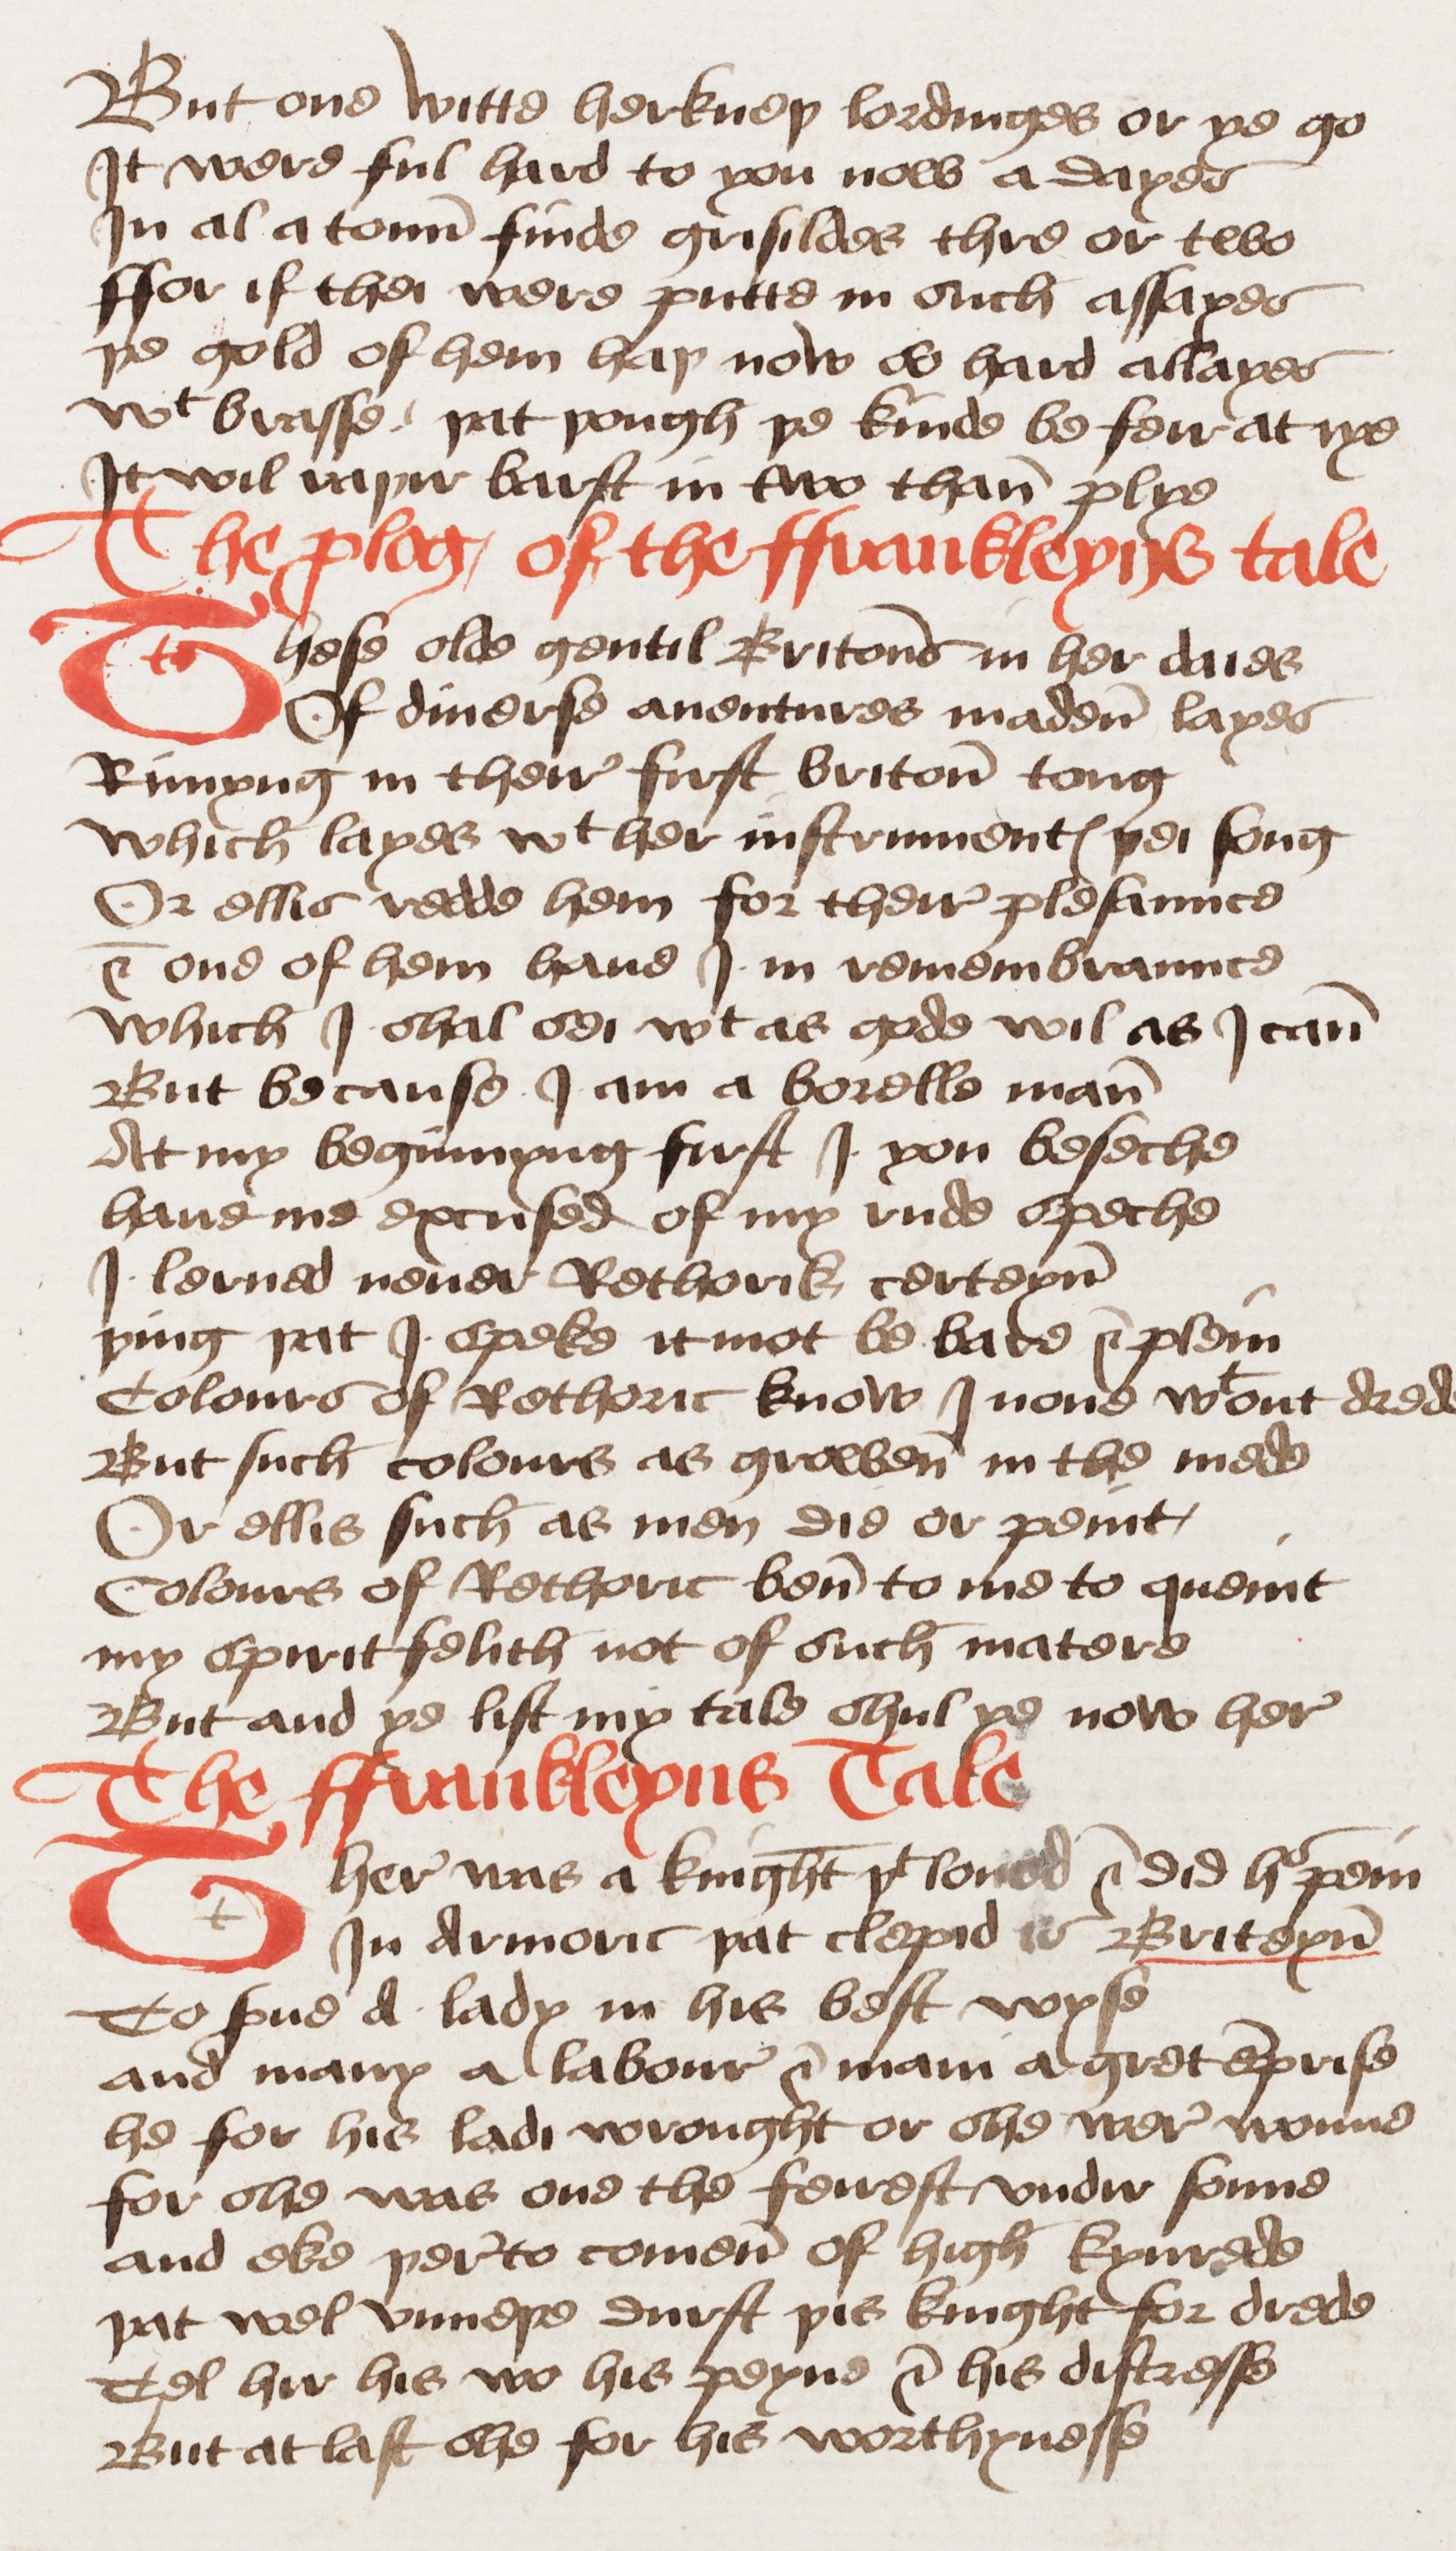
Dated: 1460–1499